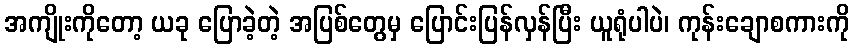
အကျိုးကိုတော့ ယခု ပြောခဲ့တဲ့ အပြစ်တွေမှ ပြောင်းပြန်လှန်ပြီး ယူရုံပါပဲ၊ ကုန်းချောစကားကို